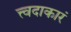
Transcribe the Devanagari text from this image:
त्त्वदाकारं